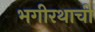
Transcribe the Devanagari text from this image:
भगीरथाची